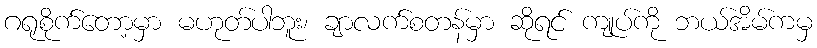
ဂရုစိုက်တော့မှာ မဟုတ်ပါဘူး၊ ချာလက်စတန်မှာ ဆိုရင် ကျုပ်ကို ဘယ်အိမ်ကမှ